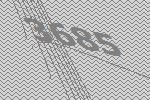
3685